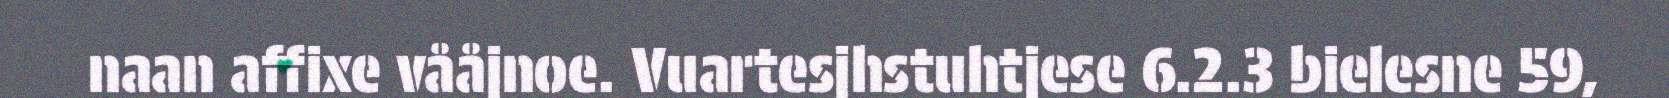
naan affixe vååjnoe. Vuartesjhstuhtjese 6.2.3 bielesne 59,